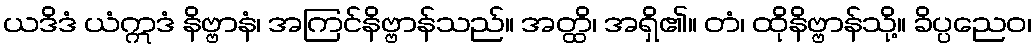
ယဒိဒံ ယံဣဒံ နိဗ္ဗာနံ၊ အကြင်နိဗ္ဗာန်သည်။ အတ္ထိ၊ အရှိ၏။ တံ၊ ထိုနိဗ္ဗာန်သို့။ ခိပ္ပညေဝ၊